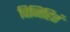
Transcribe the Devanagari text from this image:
विनिहितं